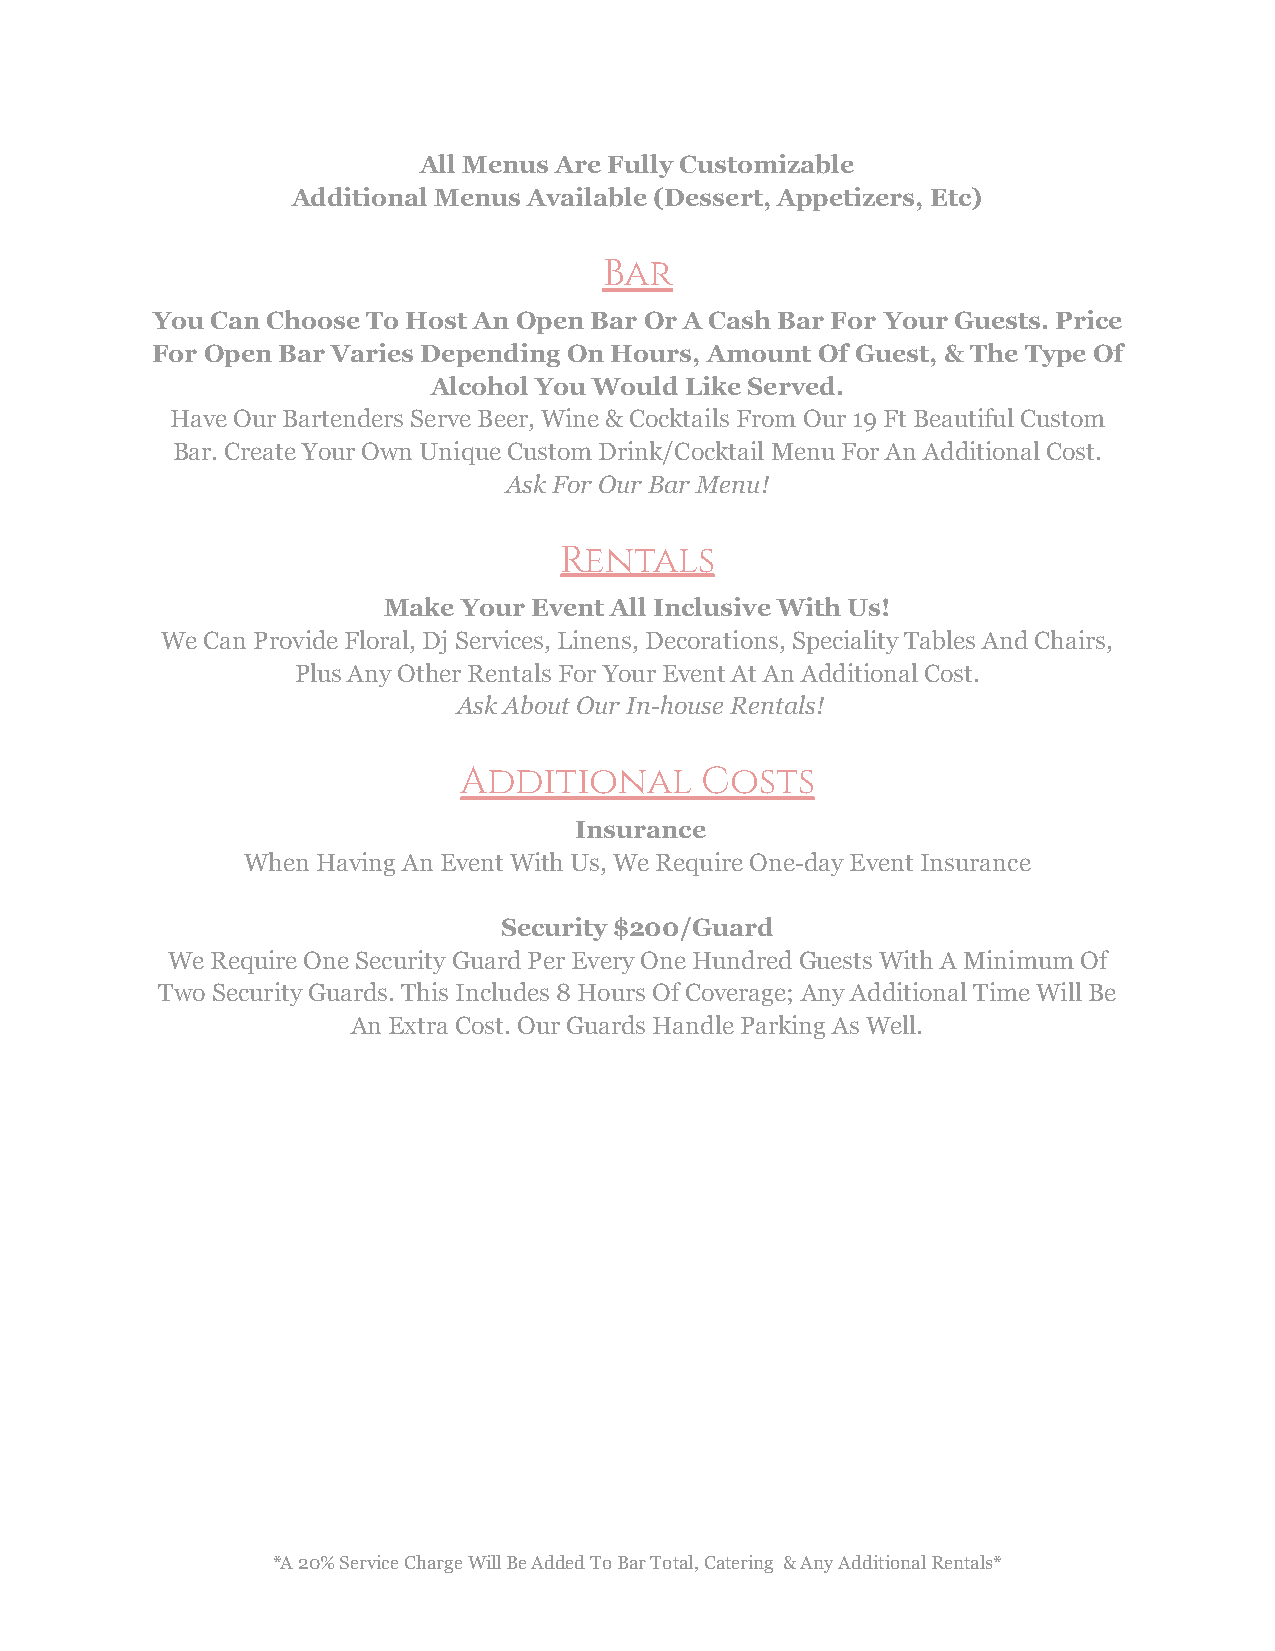
All Menus Are Fully Customizable
 Additional Menus Available (Dessert, Appetizers, Etc)
 Bar
 You Can Choose To Host An Open Bar Or A Cash Bar For Your Guests. Price
 For Open Bar Varies Depending On Hours, Amount Of Guest, & The Type Of
 Alcohol You Would Like Served.
 Have Our Bartenders Serve Beer, Wine & Cocktails FromOur 19 Ft Beautiful Custom
 Bar. Create Your Own Unique Custom Drink/CocktailMenu For An Additional Cost.
 Ask For Our Bar Menu!
 Rentals
 Make  Your Event All Inclusive With Us!
 We Can Provide Floral, Dj Services, Linens, Decorations,Speciality Tables And Chairs,
 Plus Any Other Rentals For Your Event At An AdditionalCost.
 Ask About Our In-house Rentals!
 Additional      Costs
 Insurance
 When Having An Event With Us, We Require One-day EventInsurance
 Security $200/Guard
 We Require One Security Guard Per Every One HundredGuests With A Minimum Of
 Two Security Guards. This Includes 8 Hours Of Coverage;Any Additional Time Will Be
 An Extra Cost. Our Guards Handle Parking As Well.
 *A 20% Service Charge Will Be Added To Bar Total,Catering & Any Additional Rentals*